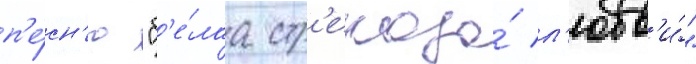
п'е́сн'ю "б'е́лаа стр'екоза́ л'юбв'и́"